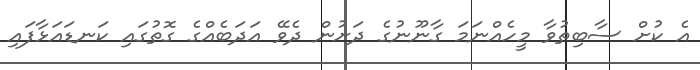
އެ ކުށް ސާބިތުވާ މީހެއްނަމަ ގާނޫނުގެ ދަށުން ދެވޭ އަދަބެއްގެ ގޮތުގައި ކަނޑައަޅާފައި